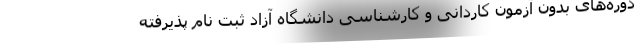
دوره‌های بدون آزمون کاردانی و کارشناسی دانشگاه آزاد ثبت نام پذیرفته